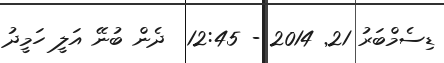
ޑިސެމްބަރު 21